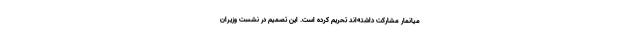
میانمار مشارکت داشته‌اند تحریم کرده است. این تصمیم در نشست وزیران